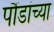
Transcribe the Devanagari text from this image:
पौंडांच्या